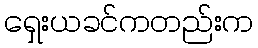
ရှေးယခင်ကတည်းက